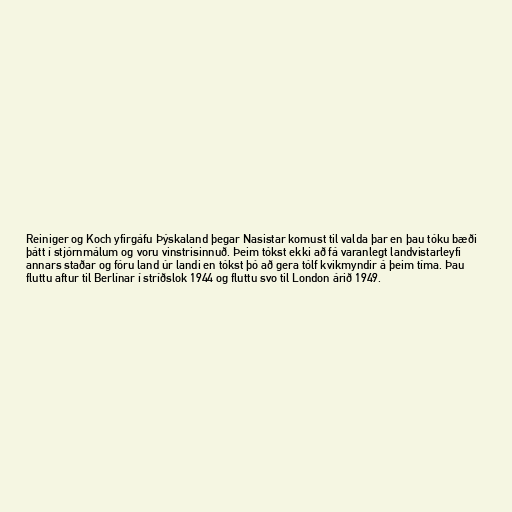
Reiniger og Koch yfirgáfu Þýskaland þegar Nasistar komust til valda þar en þau tóku bæði
þátt í stjórnmálum og voru vinstrisinnuð. Þeim tókst ekki að fá varanlegt landvistarleyfi
annars staðar og fóru land úr landi en tókst þó að gera tólf kvikmyndir á þeim tíma. Þau
fluttu aftur til Berlínar í stríðslok 1944 og fluttu svo til London árið 1949.